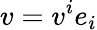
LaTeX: v=v^{i}e_{i}